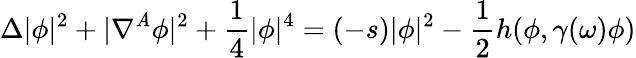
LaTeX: \Delta|\phi|^{2}+|\nabla^{\mathit{A}}\phi|^{2}+{\frac{{1}}{{4}}}|\phi|^{4}=(-s)|\phi|^{2}-{\frac{{1}}{{2}}}h(\phi,\gamma(\omega)\phi)